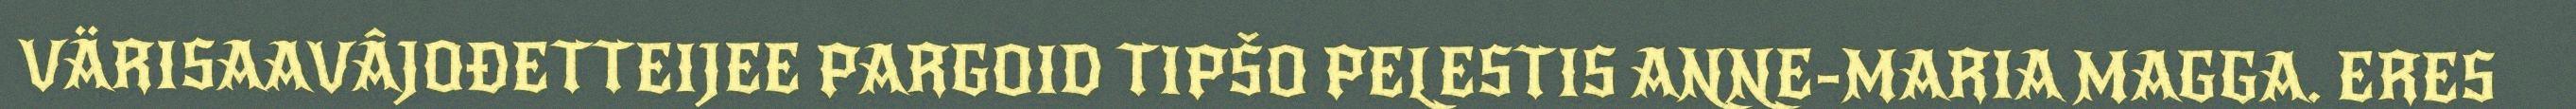
VÄRISAAVÂJOĐETTEIJEE PARGOID TIPŠO PELESTIS ANNE-MARIA MAGGA. ERES